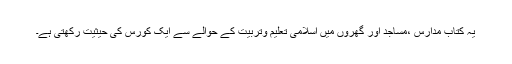
یہ کتاب مدارس ،مساجد اور گھروں میں اسلامی تعلیم وتربیت کے حوالے سے ایک کورس کی حیثیت رکھتی ہے۔